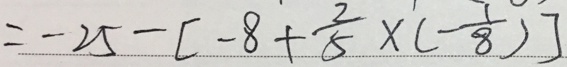
= - 2 5 - [ - 8 + \frac { 2 } { 5 } \times ( - \frac { 1 } { 8 } ) ]